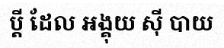
ប្តី ដែល អង្គុយ ស៊ី បាយ